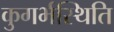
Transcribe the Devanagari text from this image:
कुगर्भस्थिति